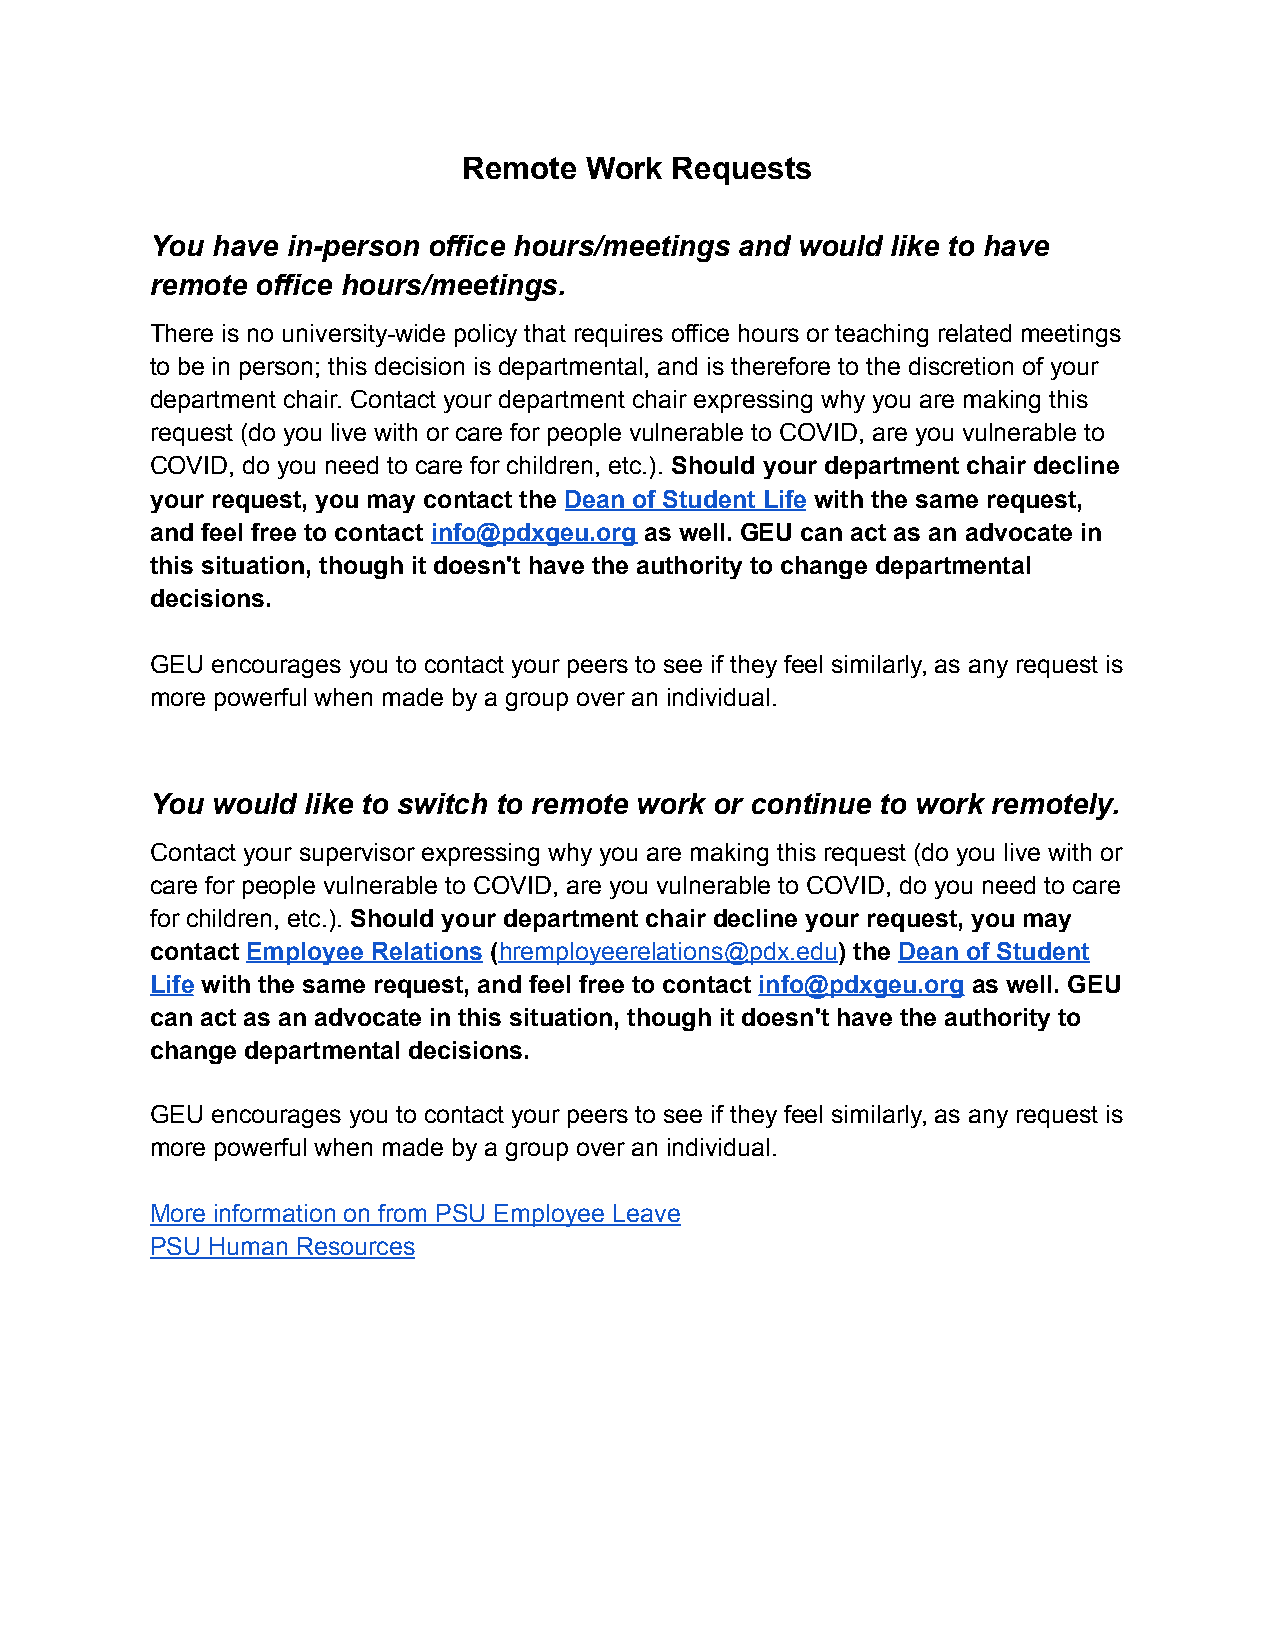
Remote  Work Requests
 You have in-person office hours/meetings and would like to have
 remote office hours/meetings.
 There is no university-wide policy that requires office hours or teaching related meetings
 to be in person; this decision is departmental, and is therefore to the discretion of your
 department chair. Contact your department chair expressing why you are making this
 request (do you live with or care for people vulnerable to COVID, are you vulnerable to
 COVID, do you need to care for children, etc.). Should your department chair decline
 your request, you may contact the Dean of Student Life with the same request,
 and feel free to contact info@pdxgeu.org as well. GEU can act as an advocate in
 this situation, though it doesn't have the authority to change departmental
 decisions.
 GEU encourages you to contact your peers to see if they feel similarly, as any request is
 more powerful when made by a group over an individual.
 You would like to switch to remote work or continue to work remotely.
 Contact your supervisor expressing why you are making this request (do you live with or
 care for people vulnerable to COVID, are you vulnerable to COVID, do you need to care
 for children, etc.). Should your department chair decline your request, you may
 contact Employee Relations (hremployeerelations@pdx.edu) the Dean of Student
 Life with the same request, and feel free to contact info@pdxgeu.org as well. GEU
 can act as an advocate in this situation, though it doesn't have the authority to
 change departmental decisions.
 GEU encourages you to contact your peers to see if they feel similarly, as any request is
 more powerful when made by a group over an individual.
 More information on from PSU Employee Leave
 PSU Human Resources